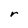
Character: r